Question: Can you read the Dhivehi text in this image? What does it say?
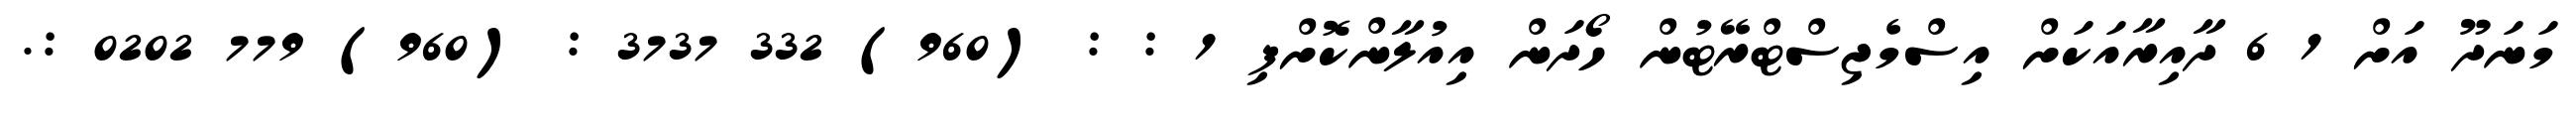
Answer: މަނަދޫ އަށް 1 6 ދާއިރާއަކަށް އިސްމެޖިސްޓްރޭޓުން ހޯދަން އިއުލާންކޮށްފި 1 : : (960) 332 3737 : (960) 779 0202 :.